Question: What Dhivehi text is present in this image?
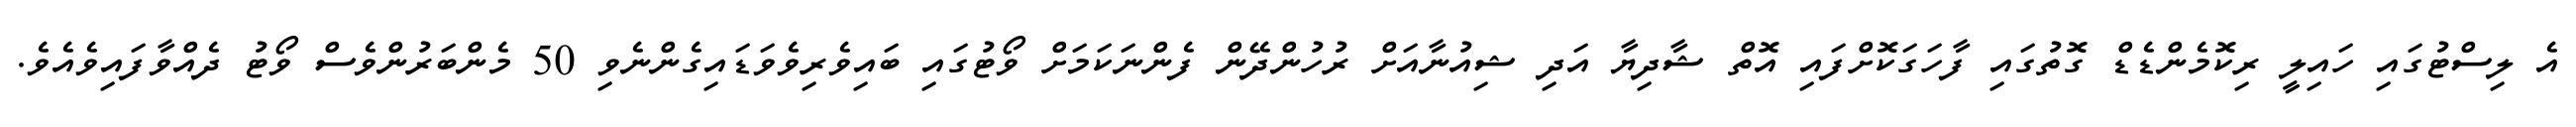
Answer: އެ ލިސްޓުގައި ހައިލީ ރިކޮމެންޑެޑް ގޮތުގައި ފާހަގަކޮށްފައި އޮތް ޝާދިޔާ އަދި ޝިއުނާއަށް ރުހުންދޭން ފެންނަކަމަށް ވޯޓުގައި ބައިވެރިވެވަޑައިގެންނެވި 50 މެންބަރުންވެސް ވޯޓު ދެއްވާފައިވެއެވެ.